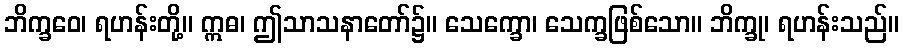
ဘိက္ခဝေ၊ ရဟန်းတို့။ ဣဓ၊ ဤသာသနာတော်၌။ သေက္ခော၊ သေက္ခဖြစ်သော။ ဘိက္ခု၊ ရဟန်းသည်။